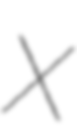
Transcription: X